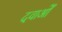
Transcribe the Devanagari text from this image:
दवाओँ